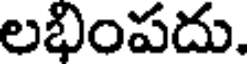
లభింపదు.